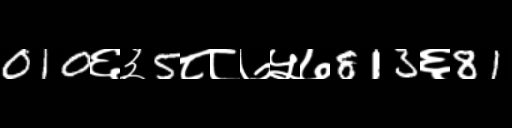
Text: 010६३5८८७५७813६81